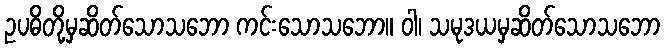
ဥပဓိတို့မှဆိတ်သောသဘော ကင်းသောသဘော။ ဝါ၊ သမုဒယမှဆိတ်သောသဘော